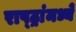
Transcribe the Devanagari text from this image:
राष्ठ्रांमध्ये